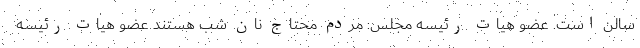
سالن است. عضو هیات رئیسه مجلس: مردم محتاج نان شب هستند عضو هیات رئیسه